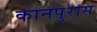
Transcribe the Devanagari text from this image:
कानपुरास